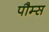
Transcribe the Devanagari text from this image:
पौम्स